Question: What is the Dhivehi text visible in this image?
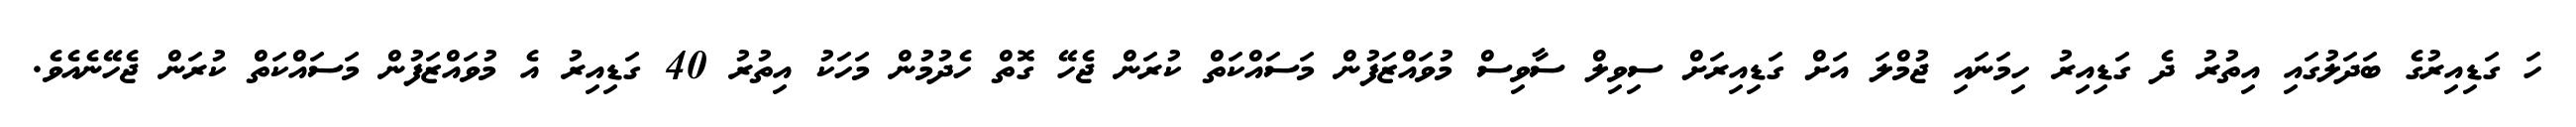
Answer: ހަ ގަޑިއިރުގެ ބަދަލުގައި އިތުރު ދެ ގަޑިއިރު ހިމަނައި ޖުމްލަ އަށް ގަޑިއިރަށް ސިވިލް ސާވިސް މުވައްޒަފުން މަސައްކަތް ކުރަން ޖެހޭ ގޮތް ހެދުމުން މަހަކު އިތުރު 40 ގަޑިއިރު އެ މުވައްޒަފުން މަސައްކަތް ކުރަން ޖެހޭނެއެވެ.